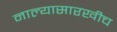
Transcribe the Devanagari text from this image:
नाल्यासारखीच